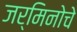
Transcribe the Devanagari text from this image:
जर्मिनोचे